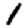
Digit: 1